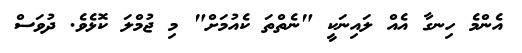
އެންމެ ހިނގާ އެއް ލައިނަކީ "ނެތްތަ ކެއުމަށް" މި ޖުމްލަ ކޮޅެވެ. ދުވަސް